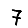
Digit: 7